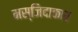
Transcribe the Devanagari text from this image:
मस्जिदाकार